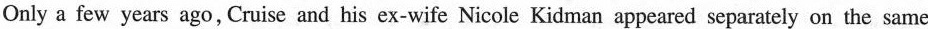
Only a few years ago, Cruise and his ex-wife Nicole Kidman appeared separately on the same